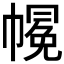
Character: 𱜳